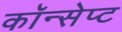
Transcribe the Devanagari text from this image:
कॉन्‍सेप्‍ट